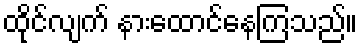
ထိုင်လျက် နားထောင်နေကြသည်။